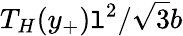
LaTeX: T_{H}(y_{+})\mathtt{l}^{2}/\sqrt{{3}}{{b}}